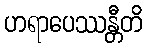
ဟရာပေဿန္တီတိ